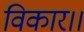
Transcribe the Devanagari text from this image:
विकार।।